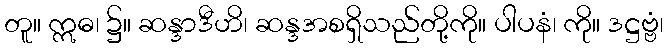
တူ။ ဣဓ၊ ၌။ ဆန္ဒာဒီဟိ၊ ဆန္ဒအစရှိသည်တို့ကို။ ပါပနံ၊ ကို။ ဒဋ္ဌဗ္ဗံ၊